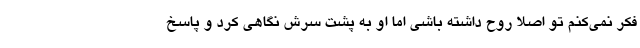
فکر نمی‌کنم تو اصلا روح داشته باشی اما او به پشت سرش نگاهی کرد و پاسخ